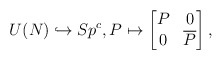
\begin{align*}U(N)\hookrightarrow Sp^c,P\mapsto\begin{bmatrix} P & 0 \\ 0 & \overline{P}\end{bmatrix},\end{align*}